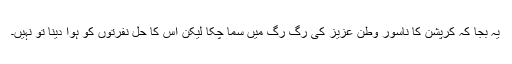
یہ بجا کہ کرپشن کا ناسور وطنِ عزیز کی رَگ رَگ میں سما چکا لیکن اِس کا حل نفرتوں کو ہوا دینا تو نہیں۔